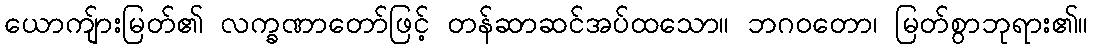
ယောကျ်ားမြတ်၏ လက္ခဏာတော်ဖြင့် တန်ဆာဆင်အပ်ထသော။ ဘဂဝတော၊ မြတ်စွာဘုရား၏။